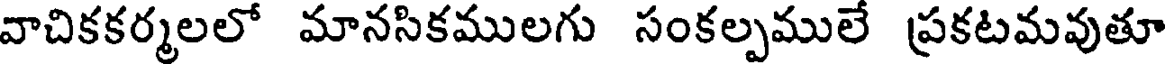
వాచికకర్మలలో మానసికములగు సంకల్పములే ప్రకటమవుతూ